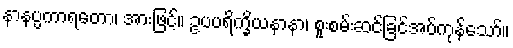
နာနပ္ပကာရတော၊ အားဖြင့်။ ဥပပရိက္ခိယနာနာ၊ စူးစမ်းဆင်ခြင်အပ်ကုန်သော်။